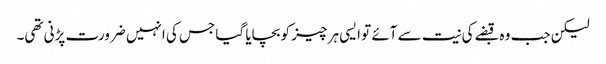
لیکن جب وہ قبضے کی نیت سے آئے تو ایسی ہر چیز کو بچایا گیا جس کی انہیں ضرورت پڑنی تھی۔